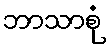
ဘာသာစုံ